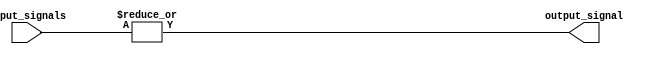
module OR_gate (
    input [31:0] input_signals,
    output output_signal
);

assign output_signal = |input_signals;

endmodule